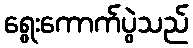
ရွေးကောက်ပွဲသည်